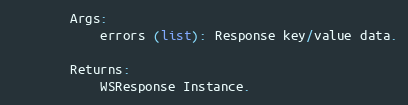
Language: Python
        Args:
            errors (list): Response key/value data.

        Returns:
            WSResponse Instance.